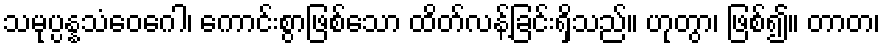
သမုပ္ပန္နသံဝေဂေါ၊ ကောင်းစွာဖြစ်သော ထိတ်လန့်ခြင်းရှိသည်။ ဟုတွာ၊ ဖြစ်၍။ တာတ၊